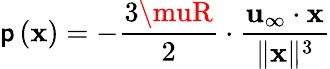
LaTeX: \mathsf{p}\left(\mathbf{{x}}\right)=-{\frac{{3\muR}}{{2}}}\cdot{\frac{{\mathbf{{u}}_{\infty}\cdot\mathbf{{x}}}}{{\| \mathbf{{x}}\| ^{3}}}}